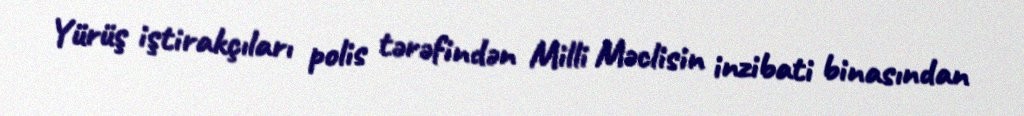
Yürüş iştirakçıları polis tərəfindən Milli Məclisin inzibati binasından